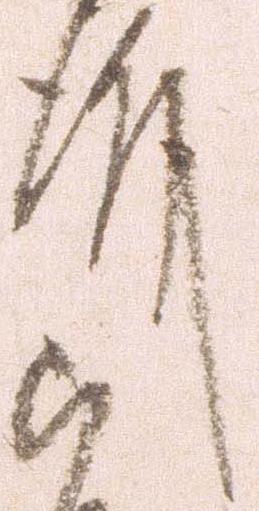
殿